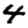
Digit: 4